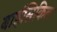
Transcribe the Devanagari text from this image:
बाईसिकिल